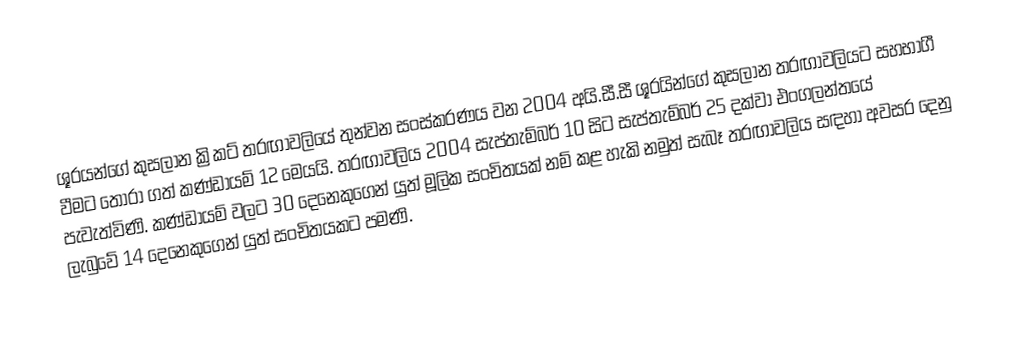
ශූරයන්ගේ කුසලාන ක්‍රිකට් තරඟාවලියේ තුන්වන සංස්කරණය වන 2004 අයි.සී.සී ශූරයින්ගේ කුසලාන තරඟාවලියට සහභාගී වීමට තෝරා ගත් කණ්ඩායම් 12 මෙයයි. තරඟාවලිය 2004 සැප්තැම්බර් 10 සිට සැප්තැම්බර් 25 දක්වා එංගලන්තයේ පැවැත්විණි. කණ්ඩායම් වලට 30 දෙනෙකුගෙන් යුත් මූලික සංචිතයක් නම් කළ හැකි නමුත් සැබෑ තරඟාවලිය සඳහා අවසර දෙනු ලැබුවේ 14 දෙනෙකුගෙන් යුත් සංචිතයකට පමණි.